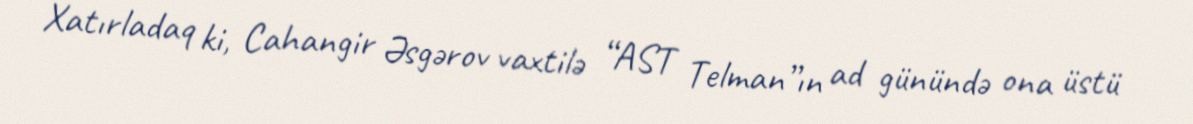
Xatırladaq ki, Cahangir Əsgərov vaxtilə “AST Telman”ın ad günündə ona üstü